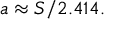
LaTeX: a \approx S / 2 . 4 1 4 .